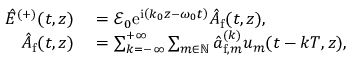
\begin{array} { r l } { \hat { E } ^ { ( + ) } ( t , z ) } & { { } = \mathcal { E } _ { 0 } \mathrm { e } ^ { \mathrm { i } \left( k _ { 0 } z - \omega _ { 0 } t \right) } \hat { A } _ { \mathrm { f } } ( t , z ) , } \\ { \hat { A } _ { \mathrm { f } } ( t , z ) } & { { } = \sum _ { k = - \infty } ^ { + \infty } \sum _ { m \in \mathbb { N } } \hat { a } _ { \mathrm { f } , m } ^ { ( k ) } u _ { m } ( t - k T , z ) , } \end{array}